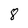
Character: 8